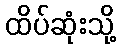
ထိပ်ဆုံးသို့